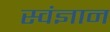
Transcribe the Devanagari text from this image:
स्वंज्ञान